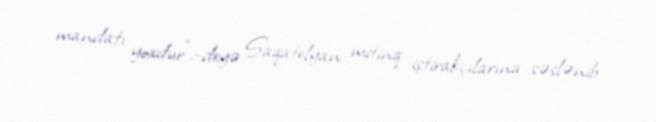
mandatı yoxdur”,-deyə Saqatelyan mitinq iştirakçılarına səslənib.